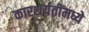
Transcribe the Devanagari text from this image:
कारशर्यतींमध्ये